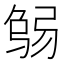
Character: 𢏻